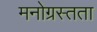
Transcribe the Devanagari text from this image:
मनोग्रस्तता